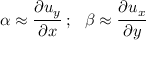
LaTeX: \alpha \approx { \cfrac { \partial u _ { y } } { \partial x } } ~ ; ~ ~ \beta \approx { \cfrac { \partial u _ { x } } { \partial y } }